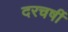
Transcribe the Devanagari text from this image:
दरचर्षी